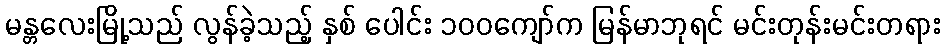
မန္တလေးမြို့သည် လွန်ခဲ့သည့် နှစ် ပေါင်း ၁၀၀ကျော်က မြန်မာဘုရင် မင်းတုန်းမင်းတရား